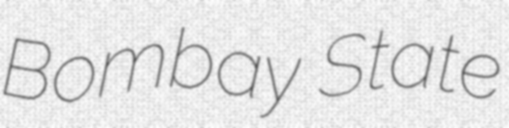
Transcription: Bombay State